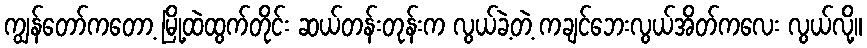
ကျွန်တော်ကတော့ မြို့ထဲထွက်တိုင်း ဆယ်တန်းတုန်းက လွယ်ခဲ့တဲ့ ကချင်ဘေးလွယ်အိတ်ကလေး လွယ်လို့။